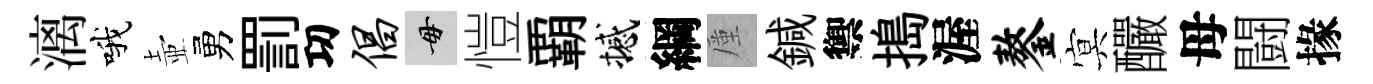
漓哦壺勇罰㓛倡毋愷覇撼綱厪鍼禦搗渥鏊㝠釅母闘掾